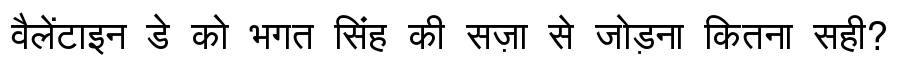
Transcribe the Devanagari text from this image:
वैलेंटाइन डे को भगत सिंह की सज़ा से जोड़ना कितना सही?